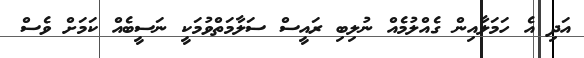
އަދި އެ ހަމަލާއިން ގެއްލުމެއް ނުލިބި ރައީސް ސަލާމަތްވުމަކީ ނަސީބެއް ކަމަށް ވެސް